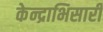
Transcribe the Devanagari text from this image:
केन्द्राभिसारी